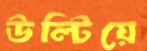
উল্টিয়ে